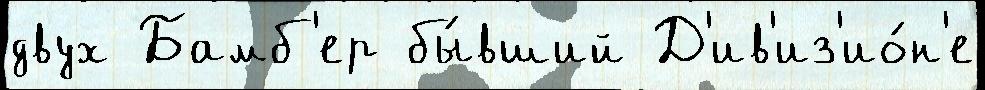
двух Бамб'ер бы́вший Д'ив'из'ио́н'е